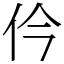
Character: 仱